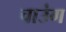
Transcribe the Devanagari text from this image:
चाउंग